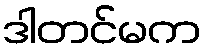
ဒါတင်မက